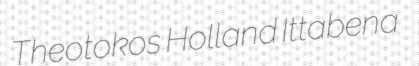
Theotokos Holland Ittabena